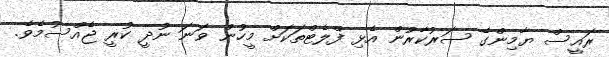
ރައީސް ޔާމިންގެ ސަރުކާރުން އެޅި ފްލެޓްތަކަށް މީހުން ވަނަ ނުދީ ކުރީ ޖެއްސުމެވެ.